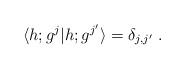
LaTeX: \begin{align*}\langle h;g^j\vert h;g^{j^\prime} \rangle=\delta_{j,j^\prime}{}~.\end{align*}